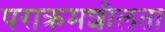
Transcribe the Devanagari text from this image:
पराक्रमशीलता